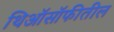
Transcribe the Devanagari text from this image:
थिऑसॉफीतील